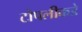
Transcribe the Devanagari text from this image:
टोपलीकडे